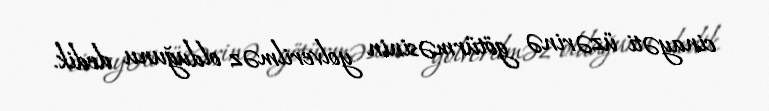
cinayəti üzərinə götürməsinin yolverilməz olduğunu dedik.